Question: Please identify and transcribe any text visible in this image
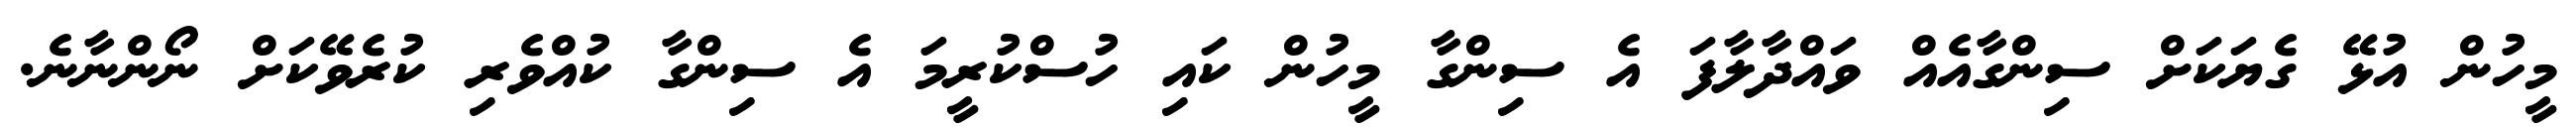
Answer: މީހުން އުޅޭ ގެޔަކަށް ސިންގާއެއް ވައްދާލާފަ އެ ސިންގާ މީހުން ކައި ހުސްކުރީމަ އެ ސިންގާ ކުއްވެރި ކުރެވޭކަށް ނޯންނާނެ.